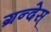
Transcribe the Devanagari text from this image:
ग्रन्देस्